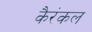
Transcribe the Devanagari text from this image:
कैरंकल